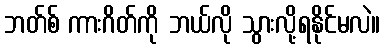
ဘတ်စ် ကားဂိတ်ကို ဘယ်လို သွားလို့ရနိုင်မလဲ။